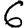
Digit: 6